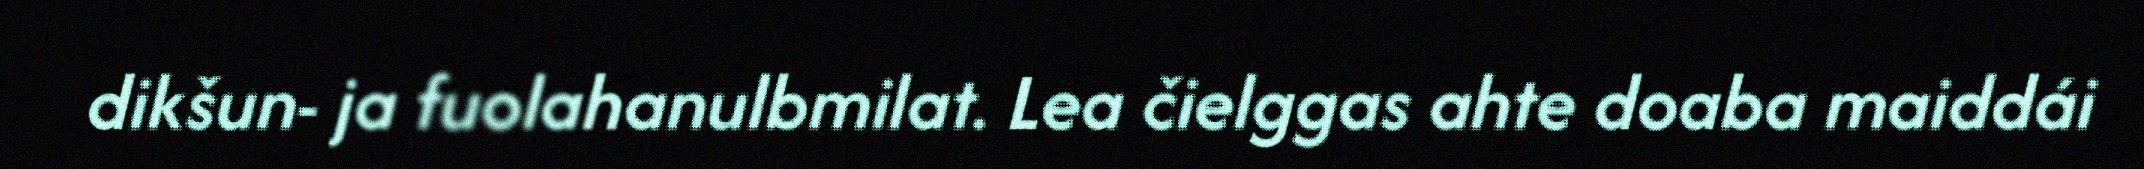
dikšun- ja fuolahanulbmilat. Lea čielggas ahte doaba maiddái